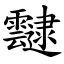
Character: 靆